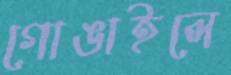
গোঙাইলে